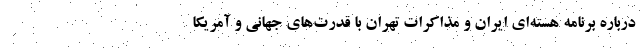
درباره برنامه هسته‌ای ایران و مذاکرات تهران با قدرت‌های جهانی و آمریکا